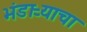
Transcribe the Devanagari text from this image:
भंडाऱ्याचा